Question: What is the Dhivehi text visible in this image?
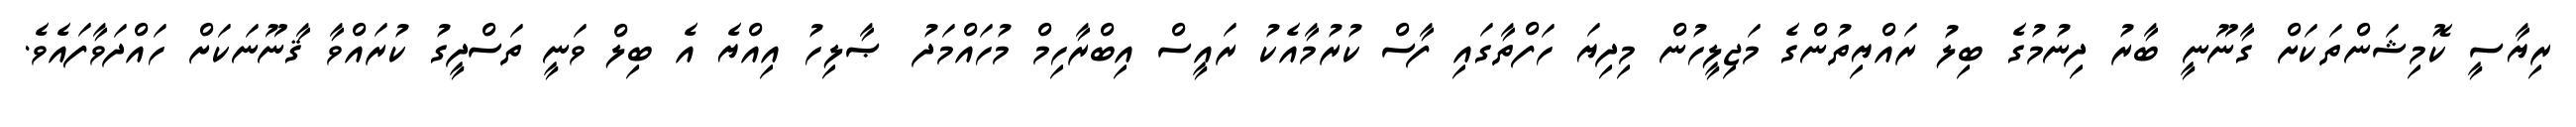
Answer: ރިޔާސީ ކޮމިޝަންތަކަށް ގާނޫނީ ބާރު ދިނުމުގެ ބިލު ރައްޔިތުންގެ މަޖިލީހުން މިދިޔަ ހަފްތާގައި ފާސް ކުރުމާއެކު ރައީސް އިބްރާހިމް މުހައްމަދު ޞާލިހު އިއްޔެ އެ ބިލް ވަނީ ތަސްދީގު ކުރައްވާ ޤާނޫނަކަށް ހައްދަވާފައެވެ.